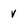
Character: v